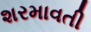
શરમાવતી